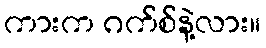
ကားက ဂက်စ်နဲ့လား။